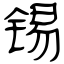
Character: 锡